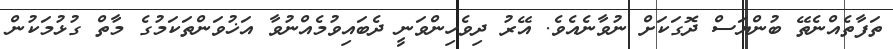
ތަފާތެއްނެތޭ ބުންޔަސް ދޮގަކަށް ނުވާނެއެވެ. އޭރު ދިވެހިންވަނީ ދެބައިވުމެއްނުވާ އަޚުވަންތަކަމުގެ މާތް ގުޅުމަކުން